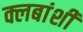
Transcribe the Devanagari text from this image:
क्लबांशी